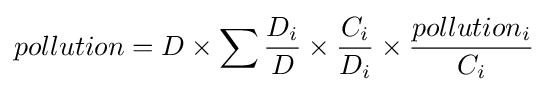
pollution=D\times \sum {\frac {D_{i}}{D}}\times {\frac {C_{i}}{D_{i}}}\times {\frac {pollution_{i}}{C_{i}}}